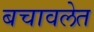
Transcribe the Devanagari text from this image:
बचावलेत